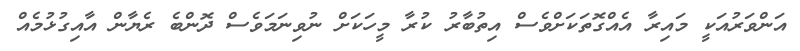
އަންވަރުއަކީ މައިރާ އެއްގޮތަކަށްވެސް އިތުބާރު ކުރާ މީހަކަށް ނުވިނަމަވެސް ދޮންބެ ރެޔާން އާއިގުޅުމެއް